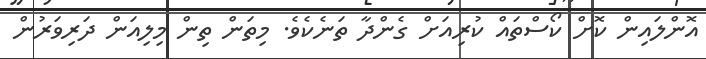
އޮންލައިން ކޮށް ކޯސްތައް ކުރިއަށް ގެންދާ ތަނެކެވެ. މިތަން ތިން މިލިއަން ދަރިވަރުން